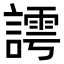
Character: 謣